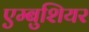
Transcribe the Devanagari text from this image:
एम्बुशियर